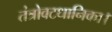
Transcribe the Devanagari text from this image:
तंत्रोवटधानिका।